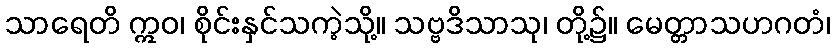
သာရေတိ ဣဝ၊ စိုင်းနှင်သကဲ့သို့။ သဗ္ဗဒိသာသု၊ တို့၌။ မေတ္တာသဟဂတံ၊